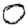
Digit: 0